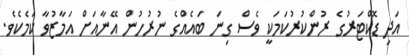
އަދި ޑޮކްޓަރުގެ ރުންކުރުކަމަކީ ވެސް ގިނަ ބައެއްގެ ނުރުހުން އޭނާއަށް އަމާޒުވާ ކަމެކެވެ.